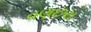
વણછરા